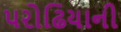
પરોઢિયાની